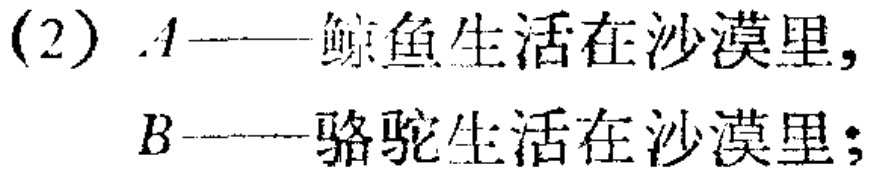
(2) \(A\)——鲸鱼生活在沙漠里,

\(B\)——骆驼生活在沙漠里;